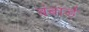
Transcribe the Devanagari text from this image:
बंबार्ड